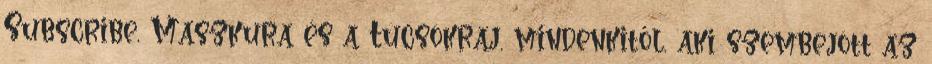
Subscribe, Maszkura és a Tücsökraj, mindenkitől, aki szembejött az